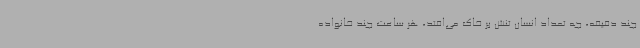
چند دقیقه، چه تعداد انسان تنش بر خاک می‌افتد، هر ساعت چند خانواده